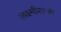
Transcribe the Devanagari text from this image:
लक्ष्मीरत्नम